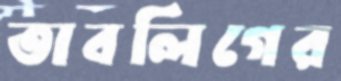
তাবলিগের